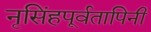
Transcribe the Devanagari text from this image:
नृसिंहपूर्वतापिनी